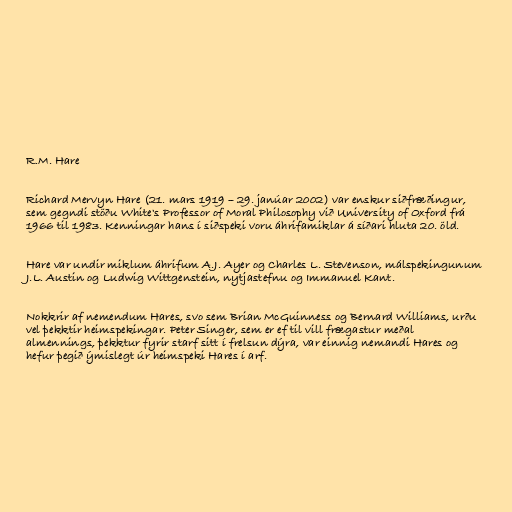
R.M. Hare

Richard Mervyn Hare (21. mars 1919 – 29. janúar 2002) var enskur siðfræðingur,
sem gegndi stöðu White's Professor of Moral Philosophy við University of Oxford frá
1966 til 1983. Kenningar hans í siðspeki voru áhrifamiklar á síðari hluta 20. öld.

Hare var undir miklum áhrifum A.J. Ayer og Charles L. Stevenson, málspekingunum
J.L. Austin og Ludwig Wittgenstein, nytjastefnu og Immanuel Kant.

Nokkrir af nemendum Hares, svo sem Brian McGuinness og Bernard Williams, urðu
vel þekktir heimspekingar. Peter Singer, sem er ef til vill frægastur meðal
almennings, þekktur fyrir starf sitt í frelsun dýra, var einnig nemandi Hares og
hefur þegið ýmislegt úr heimspeki Hares í arf.